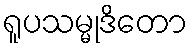
ရူပသမ္မုဒိတော